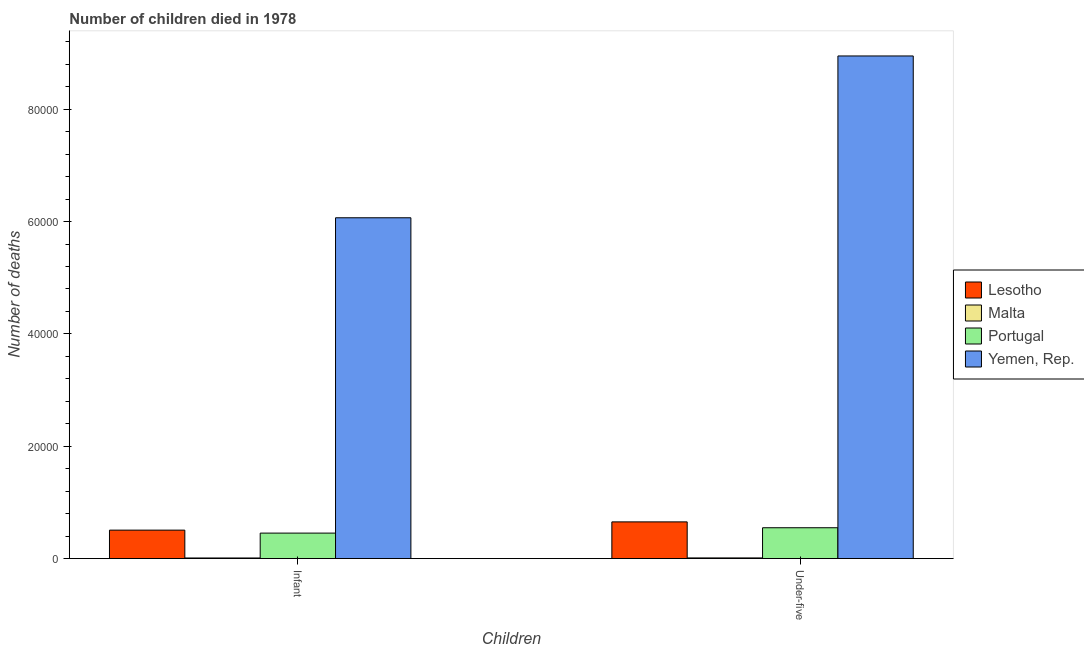
| Children | Lesotho | Malta | Portugal | Yemen, Rep. |
 | --- | --- | --- | --- | --- |
 | Infant | 5.06e+03 | 104 | 4.53e+03 | 6.07e+04 |
 | Under-five | 6.53e+03 | 117 | 5.49e+03 | 8.95e+04 |